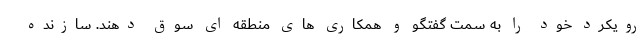
رویکرد خود را به سمت گفتگو و همکاری های منطقه ای سوق دهند. سازنده